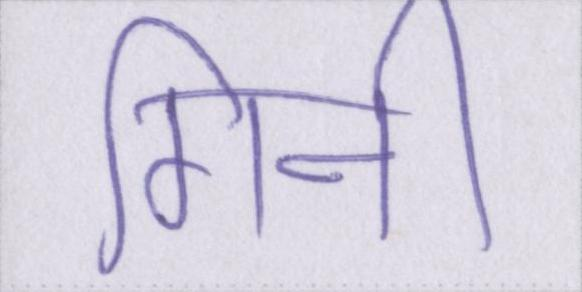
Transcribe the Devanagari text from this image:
गिनी